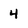
Character: 4